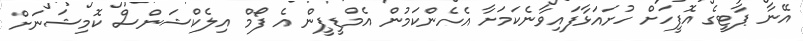
އޭނާ ޕާޓީގެ އޮފީހަށް ހުށައަޅާފައިވާނެކަމަށާ އެހެންކަމުން އެމްޑީޕީން އެ ފޯމް އިލެކްޝަންސް ކޮމިޝަނަށް